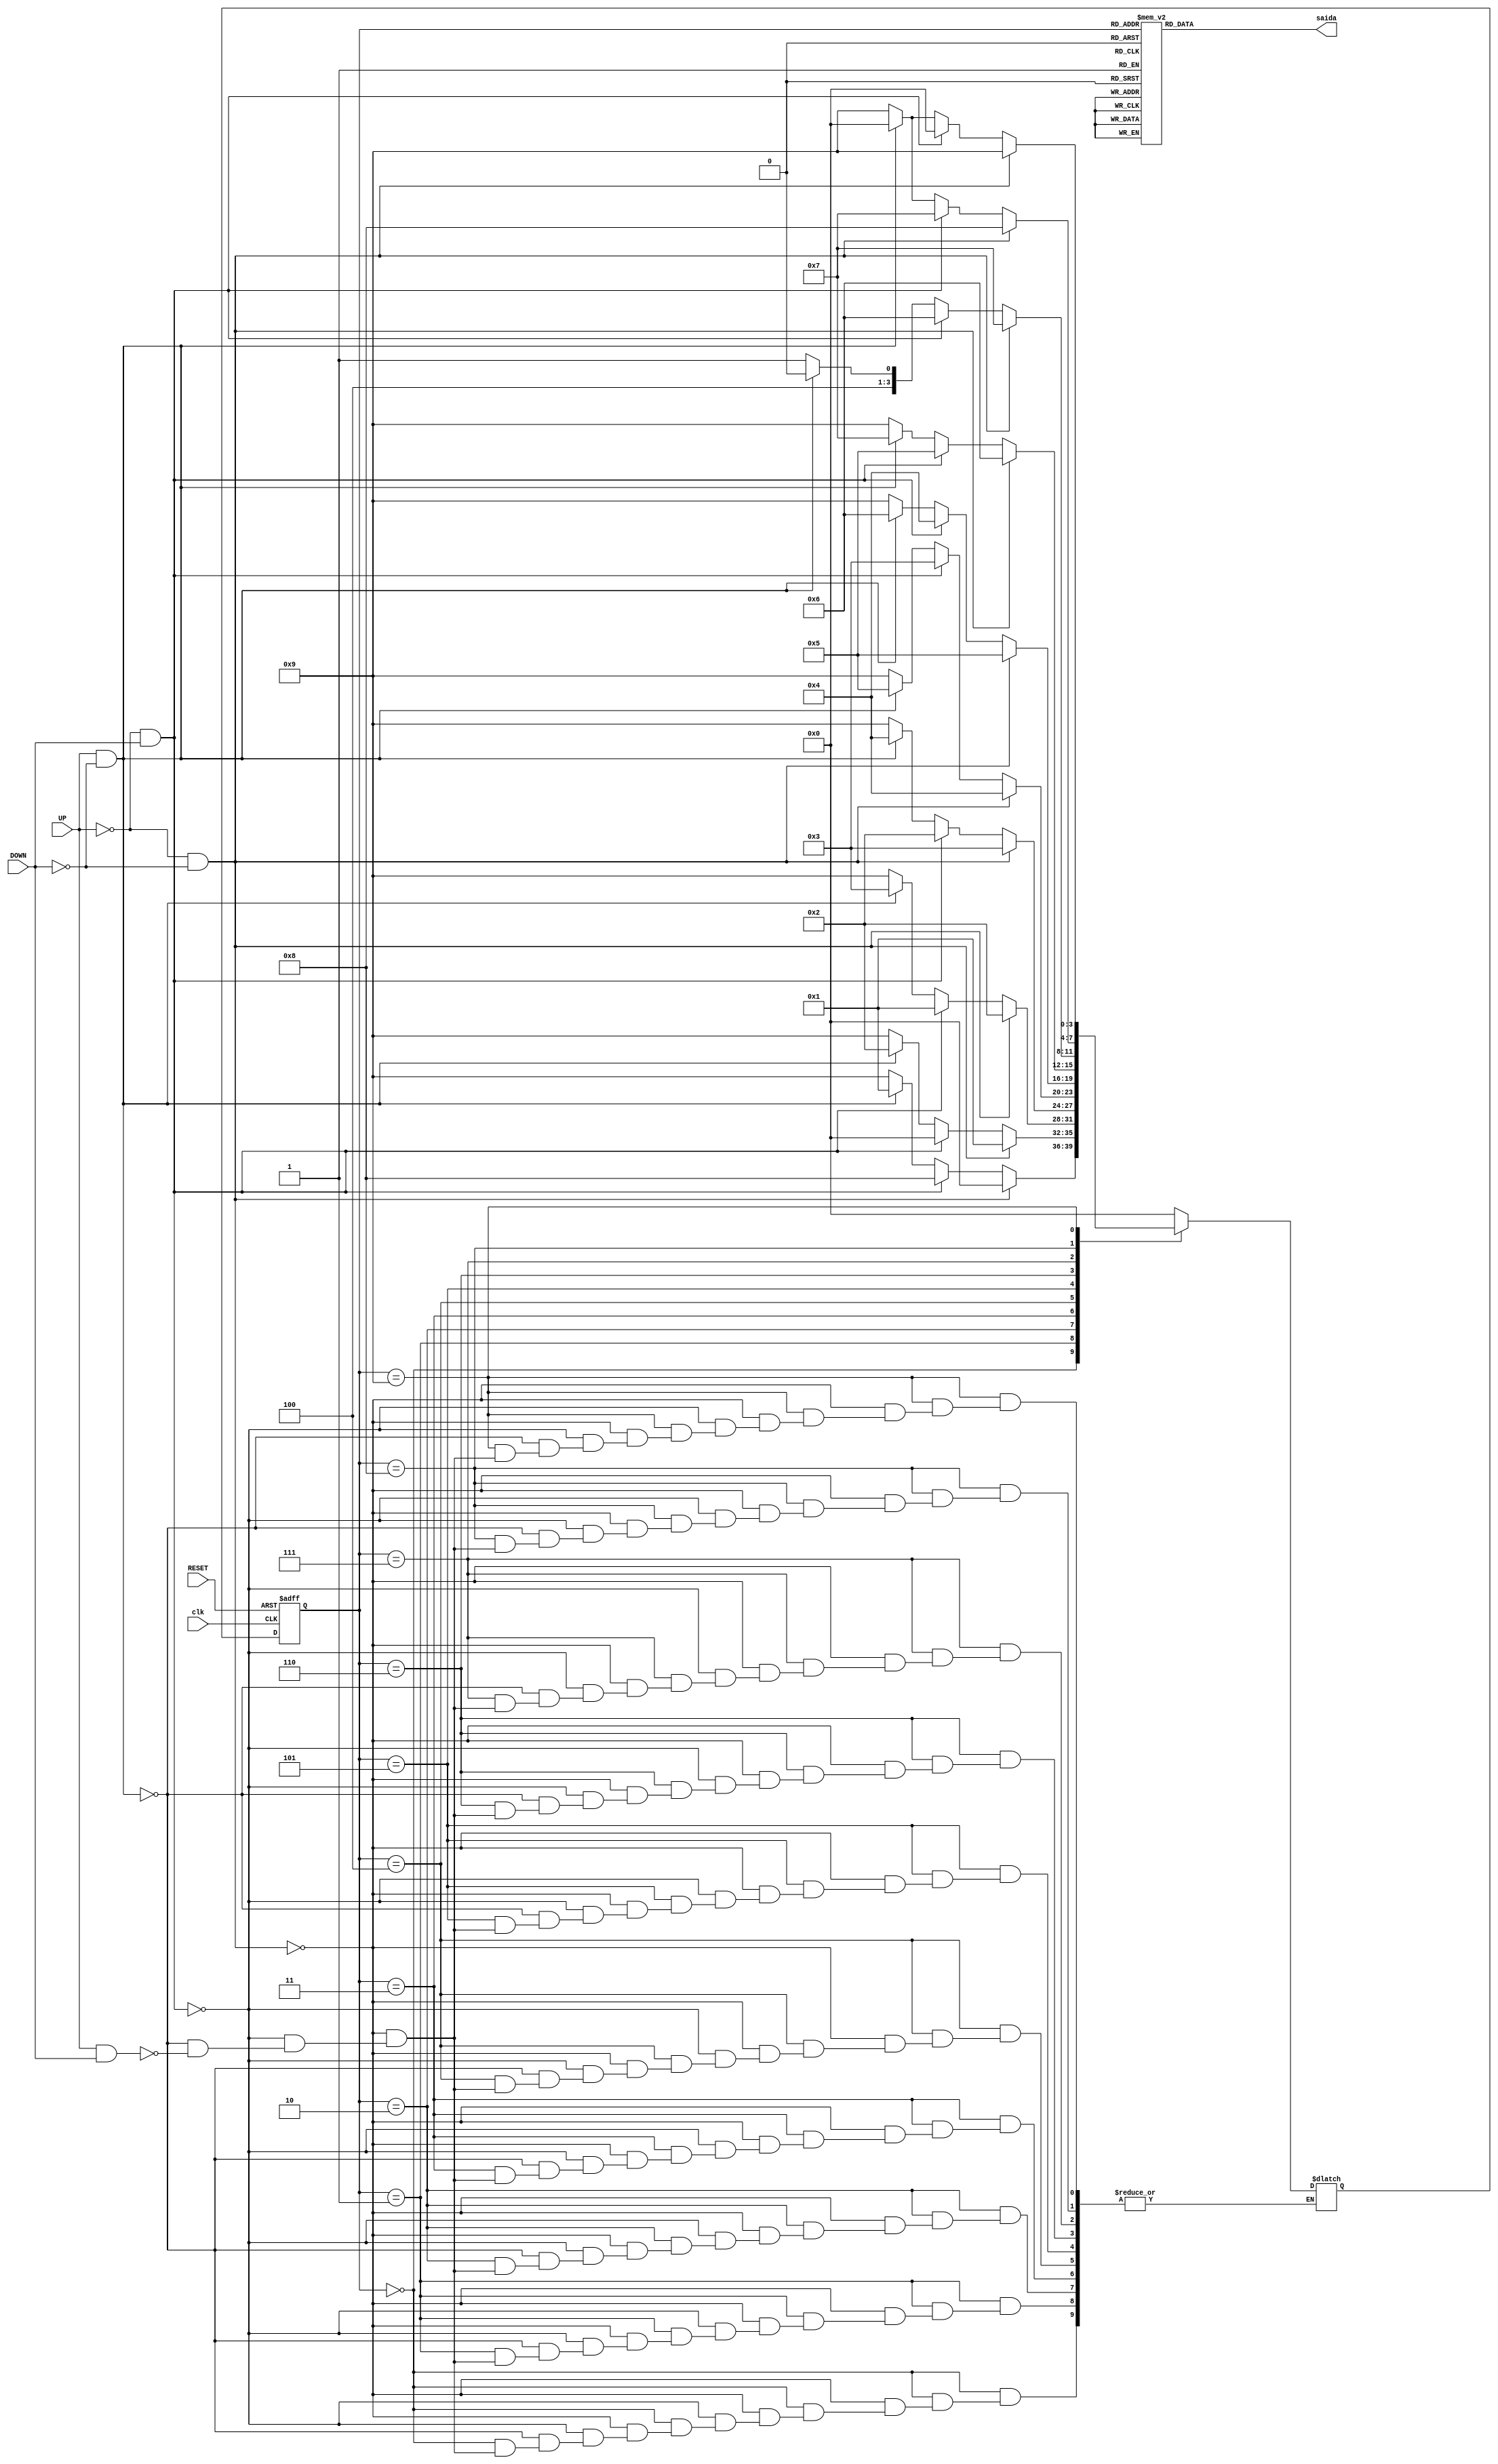
module Moore(UP, DOWN, RESET, clk, saida);

input UP, DOWN, RESET, clk;
output reg [3:0]saida;

reg [3:0]proxEstado, estadoAtual;
parameter A = 4'b0000, B = 4'b0001, C = 4'b0010, 
D = 4'b0011, E = 4'b0100, F = 4'b0101, G = 4'b0110, 
H = 4'b0111, I = 4'b1000, J = 4'b1001;

always@(UP or DOWN or estadoAtual)
begin
	case(estadoAtual)
		A: 
			if(UP == 0 && DOWN == 0)
				proxEstado = A;
			else if(UP == 0 && DOWN == 1)
				proxEstado = I;
			else if(UP == 1 && DOWN == 0)
				proxEstado = B;
			else if(UP == 1 && DOWN == 1)
				proxEstado = J;
		B:	
			if(UP == 0 && DOWN == 0)
				proxEstado = B;
			else if(UP == 0 && DOWN == 1)
				proxEstado = A;
			else if(UP == 1 && DOWN == 0)
				proxEstado = C;
			else if(UP == 1 && DOWN == 1)
				proxEstado = J;
		C: 
			if(UP == 0 && DOWN == 0)
				proxEstado = C;
			else if(UP == 0 && DOWN == 1)
				proxEstado = B;
			else if(UP == 1 && DOWN == 0)
				proxEstado = D;
			else if(UP == 1 && DOWN == 1)
				proxEstado = J;
		D: 
			if(UP == 0 && DOWN == 0)
				proxEstado = D;
			else if(UP == 0 && DOWN == 1)
				proxEstado = C;
			else if(UP == 1 && DOWN == 0)
				proxEstado = E;
			else if(UP == 1 && DOWN == 1)
				proxEstado = J;
		E: 
			if(UP == 0 && DOWN == 0)
				proxEstado = E;
			else if(UP == 0 && DOWN == 1)
				proxEstado = D;
			else if(UP == 1 && DOWN == 0)
				proxEstado = F;
			else if(UP == 1 && DOWN == 1)
				proxEstado = J;
		F: 
			if(UP == 0 && DOWN == 0)
				proxEstado = F;
			else if(UP == 0 && DOWN == 1)
				proxEstado = E;
			else if(UP == 1 && DOWN == 0)
				proxEstado = G;
			else if(UP == 1 && DOWN == 1)
				proxEstado = J;
		G: 
			if(UP == 0 && DOWN == 0)
				proxEstado = G;
			else if(UP == 0 && DOWN == 1)
				proxEstado = F;
			else if(UP == 1 && DOWN == 0)
				proxEstado = H;
			else if(UP == 1 && DOWN == 1)
				proxEstado = J;
		H: 
			if(UP == 0 && DOWN == 0)
				proxEstado = H;
			else if(UP == 0 && DOWN == 1)
				proxEstado = G;
			else if(UP == 1 && DOWN == 0)
				proxEstado = I;
			else if(UP == 1 && DOWN == 1)
				proxEstado = J;
		I: 
			if(UP == 0 && DOWN == 0)
				proxEstado = I;
			else if(UP == 0 && DOWN == 1)
				proxEstado = H;
			else if(UP == 1 && DOWN == 0)
				proxEstado = A;
			else if(UP == 1 && DOWN == 1)
				proxEstado = J;
		J: 
			if(UP == 0 && DOWN == 0)
				proxEstado = J;
			else if(UP == 0 && DOWN == 1)
				proxEstado = A;
			else if(UP == 1 && DOWN == 0)
				proxEstado = A;
			else if(UP == 1 && DOWN == 1)
				proxEstado = J;
		default:
			proxEstado = A;
	endcase
end

always@(posedge clk or posedge RESET)
begin
	if(RESET == 1)
		estadoAtual <= A;
	else
		estadoAtual <= proxEstado;
end

always@(estadoAtual)
begin
	case(estadoAtual)
		A: saida <= 4'b0001;
		B:	saida <= 4'b0100;
		C: saida <= 4'b0111;
		D: saida <= 4'b1000;
		E: saida <= 4'b1001;
		F: saida <= 4'b0000;
		G: saida <= 4'b0001;
		H: saida <= 4'b0010;
		I: saida <= 4'b0101;
		J: saida <= 4'b1111;
		default: saida <= 4'b0001;
	endcase
end

endmodule